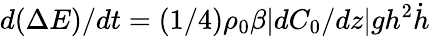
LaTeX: d(\Delta E)/dt=(1/4)\rho_{0}\beta|dC_{0}/dz|gh^{2}\dot{h}